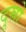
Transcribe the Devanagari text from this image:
दूस्रो